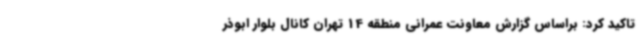
تاکید کرد: براساس گزارش معاونت عمرانی منطقه 14 تهران کانال بلوار ابوذر